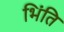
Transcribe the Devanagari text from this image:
भिंति